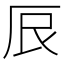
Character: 𫝕